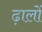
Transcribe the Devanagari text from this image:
ढ़ालों